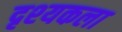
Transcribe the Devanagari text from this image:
दृश्‍यकला